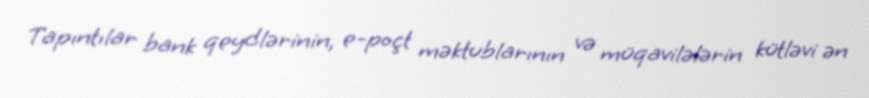
Tapıntılar bank qeydlərinin, e-poçt məktublarının və müqavilələrin kütləvi ən